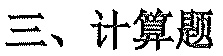
三、计算题